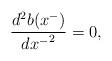
LaTeX: \begin{align*}\frac{d^2b(x^-)}{{dx^-}^2} = 0, \end{align*}